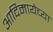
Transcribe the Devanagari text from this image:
आदिमायेच्या